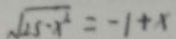
\sqrt { 2 5 - x ^ { 2 } } = - 1 + x